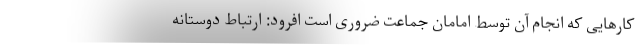
کارهایی که انجام آن توسط امامان جماعت ضروری است افرود: ارتباط دوستانه